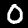
Label: 0